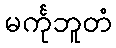
မင်္ကုဘူတံ